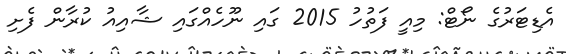
އެޑިޓަރުގެ ނޯޓް: މިއީ ފަތުހު 2015 ގައި ނޫހެއްގައި ޝާއިއު ކުރާން ފެށި